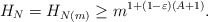
\begin{align*}H_N=H_{N(m)}\geq m^{1+(1-\varepsilon)(A+1)}.\end{align*}